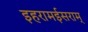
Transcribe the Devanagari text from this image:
इहरामईसराम्